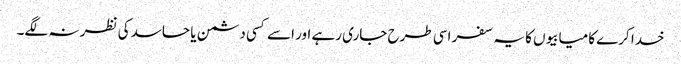
خدا کرے کامیابیوں کا یہ سفر اسی طرح جاری رہے اور اسے کسی دشمن یا حاسد کی نظر نہ لگے۔